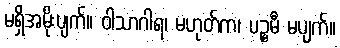
မရှိအမိုးပျက်။ ဝါသာဂါရ၊ မဟုတ်က၊ ပဉ္စမီ မပျက်။